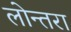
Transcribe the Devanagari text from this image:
लोन्तरा